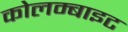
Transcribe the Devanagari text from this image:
कोलम्बाइट